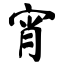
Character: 宵